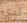
لدي